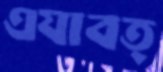
এযাবত্